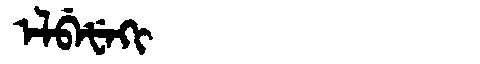
Manchu: ᡝᠯᠪᡝᡶᡝᡴᡳ
Romanization: ELBEFEKI